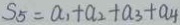
S _ { 5 } = a _ { 1 } + a _ { 2 } + a _ { 3 } + a _ { 4 }